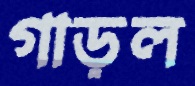
গাড়ল